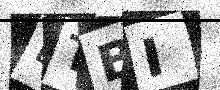
Text: ETBI